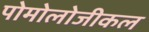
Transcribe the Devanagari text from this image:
पोमोलोजीकल